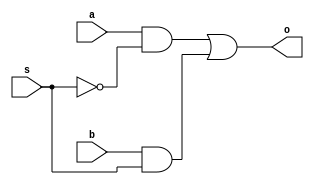
`timescale 1ns / 1ps
//////////////////////////////////////////////////////////////////////////////////
// Company: 
// Engineer: 
// 
// Design Name: 
// Module Name:    S2x1mux 
// Project Name: 
// Target Devices: 
// Tool versions: 
// Description: 
//
// Dependencies: 
//
// Revision: 
// Revision 0.01 - File Created
// Additional Comments: 
//
//////////////////////////////////////////////////////////////////////////////////
module S2x1mux(o,a,b,s
    );
input a,b,s;
output o;
wire o,x1,x2;
and (x1,a,~s);
and (x2,b,s);
or  (o,x1,x2);
endmodule